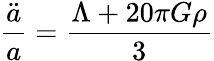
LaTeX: \frac{\ddot{a}}{a}=\frac{\Lambda+20\pi G\rho}{3}